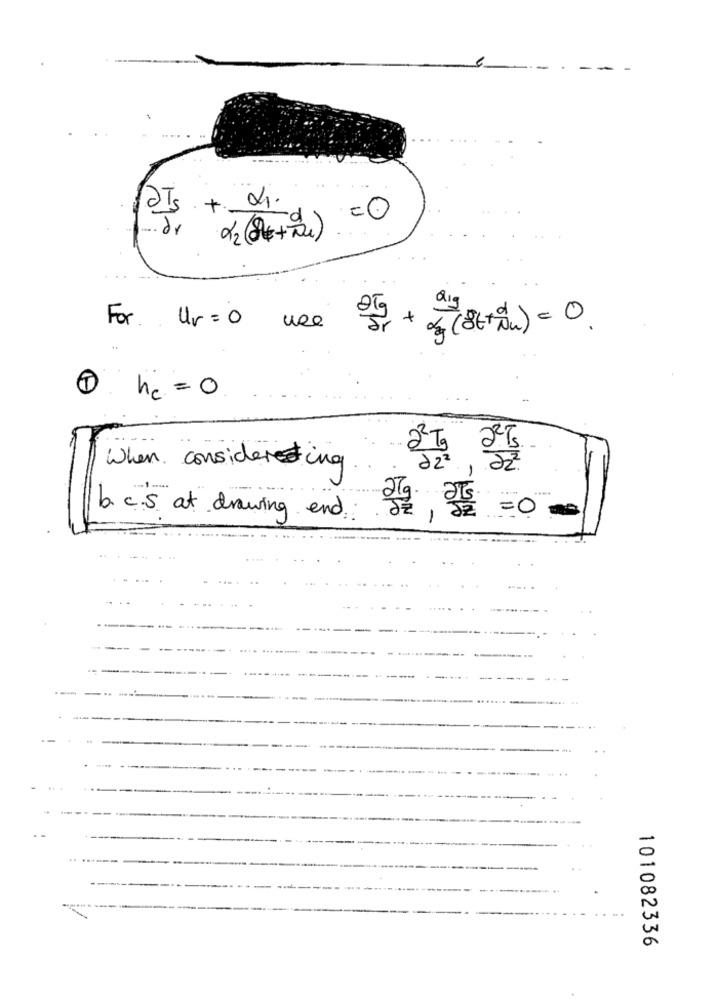
2Is. + 4.
=0
... dr
22 (8€+724)
For Ur=0
use
he = 0
22 To 24 /5
When consideredting
8/0
=0
b .c.S at drawing end
-
.
101082336